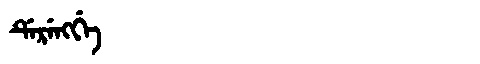
Manchu: ᡩᡝᡵᡝᠩᡤᡝ
Romanization: DERENGGE